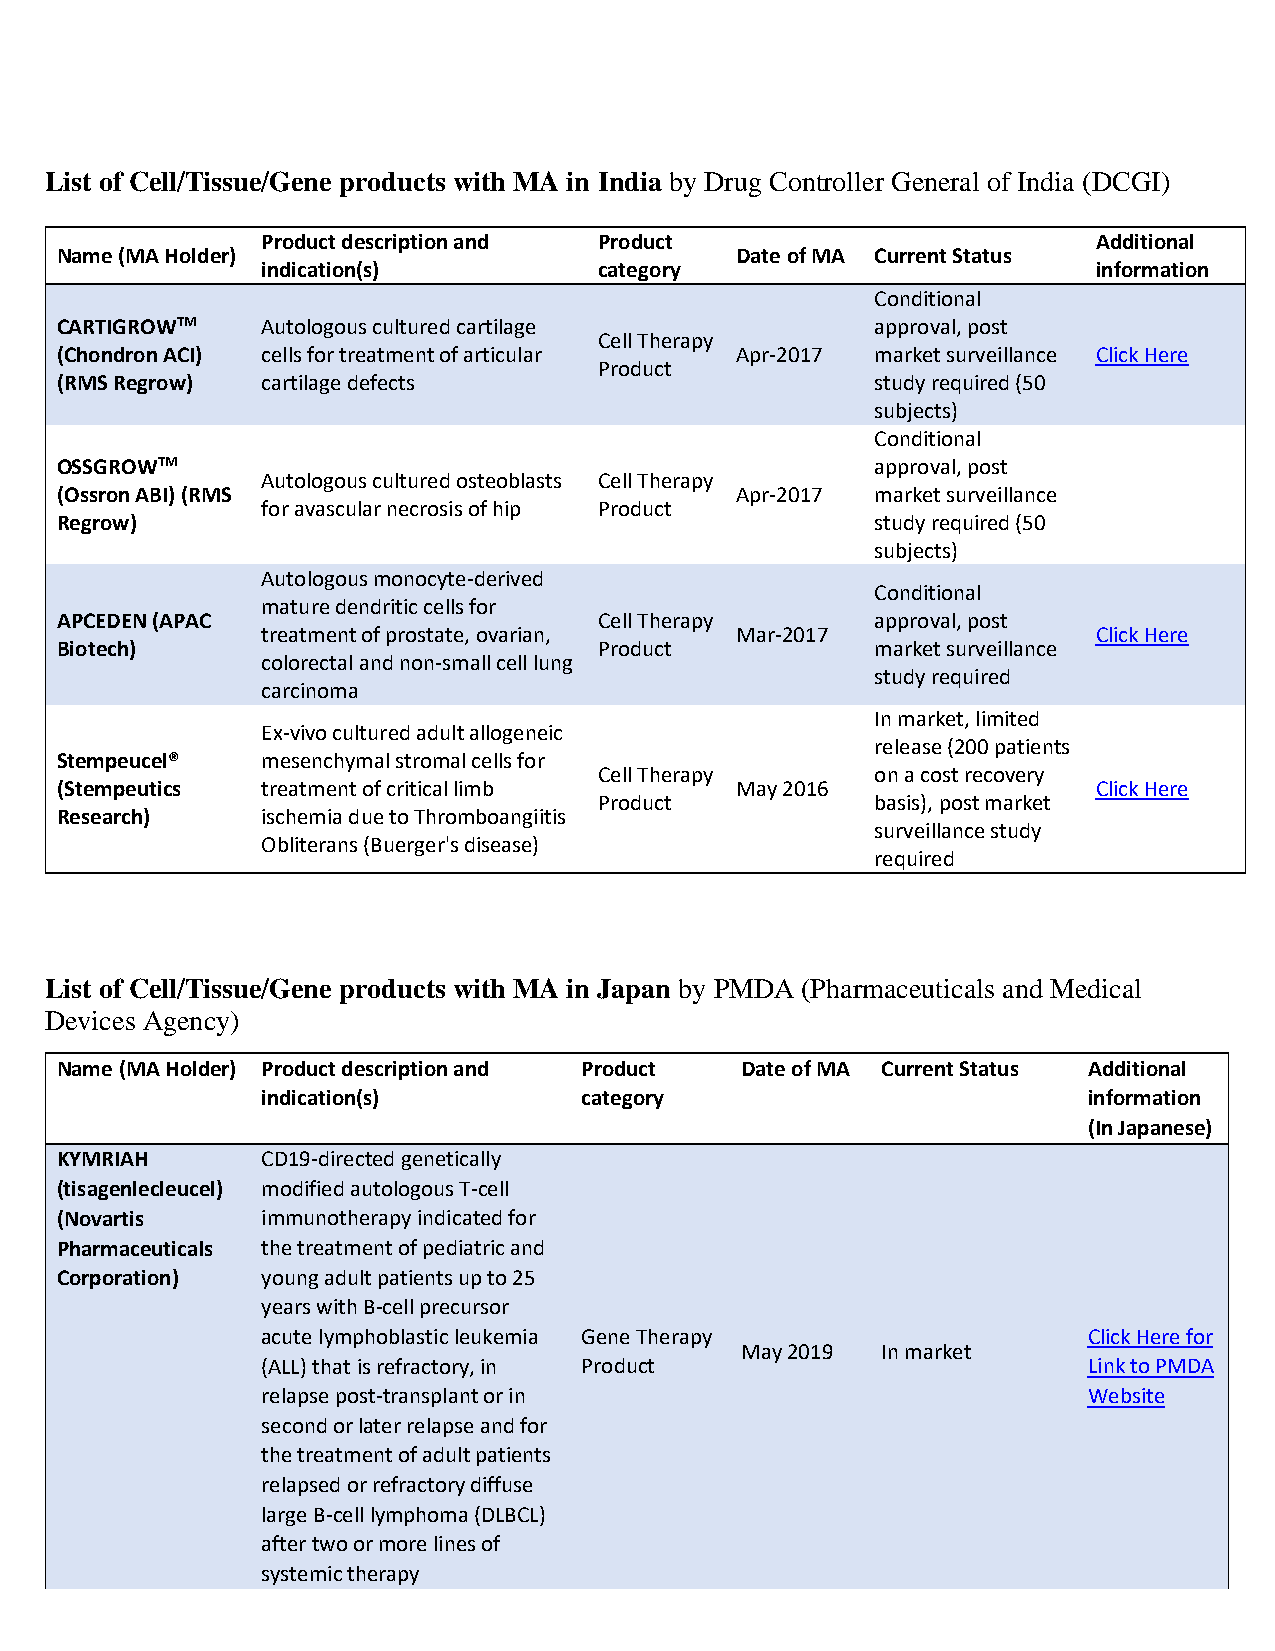
List of Cell/Tissue/Gene products with MA in India by Drug Controller General of India (DCGI)
 Product description and Product                         Additional
 Name (MA Holder)                             Date of MA Current Status
 indication(s)          category                         information
 Conditional
 CARTIGROWTM  Autologous cultured cartilage            approval, post
 Cell Therapy
 (Chondron ACI) cells for treatment of articular Apr-2017 market surveillance Click Here
 Product
 (RMS Regrow) cartilage defects                        study required (50
 subjects)
 Conditional
 OSSGROWTM                                             approval, post
 Autologous cultured osteoblasts Cell Therapy
 (Ossron ABI) (RMS                            Apr-2017 market surveillance
 for avascular necrosis of hip Product
 Regrow)                                               study required (50
 subjects)
 Autologous monocyte-derived
 Conditional
 mature dendritic cells for
 APCEDEN (APAC                       Cell Therapy      approval, post
 treatment of prostate, ovarian, Mar-2017                Click Here
 Biotech)                            Product           market surveillance
 colorectal and non-small cell lung
 study required
 carcinoma
 In market, limited
 Ex-vivo cultured adult allogeneic
 release (200 patients
 Stempeucel®  mesenchymal stromal cells for
 Cell Therapy      on a cost recovery
 (Stempeutics treatment of critical limb      May 2016                Click Here
 Product           basis), post market
 Research)    ischemia due to Thromboangiitis
 surveillance study
 Obliterans (Buerger's disease)
 required
 List of Cell/Tissue/Gene products with MA in Japan by PMDA (Pharmaceuticals and Medical
 Devices Agency)
 Name (MA Holder) Product description and Product Date of MA Current Status Additional
 indication(s)        category                          information
 (In Japanese)
 KYMRIAH      CD19-directed genetically
 (tisagenlecleucel) modified autologous T-cell
 (Novartis    immunotherapy indicated for
 Pharmaceuticals the treatment of pediatric and
 Corporation) young adult patients up to 25
 years with B-cell precursor
 acute lymphoblastic leukemia Gene Therapy              Click Here for
 May 2019 In market
 (ALL) that is refractory, in Product                   Link to PMDA
 relapse post-transplant or in                          Website
 second or later relapse and for
 the treatment of adult patients
 relapsed or refractory diffuse
 large B-cell lymphoma (DLBCL)
 after two or more lines of
 systemic therapy